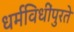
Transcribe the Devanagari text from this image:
धर्मविधींपुरते